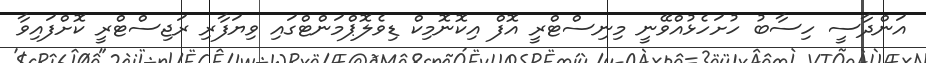
އަންދާސީ ހިސާބު ހުށަހެޅުއްވޭނީ މިނިސްޓްރީ އޮފް އިކޮނޮމިކް ޑިވެލޮޕްމަންޓްގައި ވިޔަފާރި ރަޖިސްޓްރީ ކޮށްފައިވާ